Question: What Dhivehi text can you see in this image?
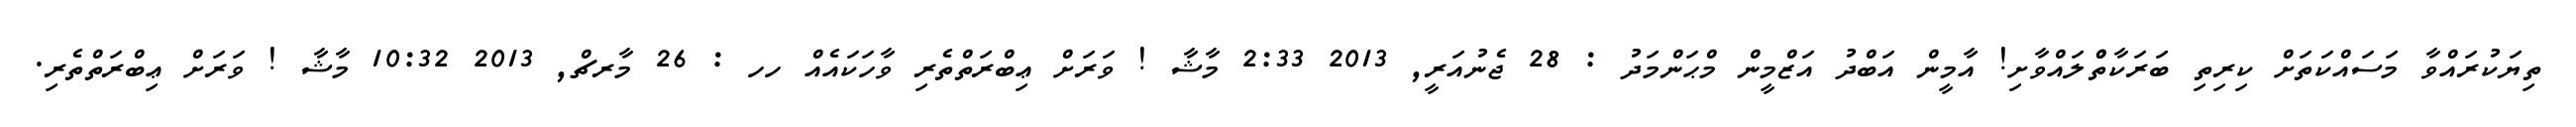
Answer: ތިޔަކުރައްވާ މަސައްކަތަށް ކިރިތި ބަރަކާތްްލައްވާށި! އާމީން އަބްދު އަޒްމީން މްޙަންމަދު : 28 ޖެނުއަރީ, 2013 2:33 މާޝާ ! ވަރަށް ޢިބްރަތްތެރި ވާހަކައެއް ހހ : 26 މާރޗް, 2013 10:32 މާޝާ ! ވަރަށް ޢިބްރަތްތެރި.